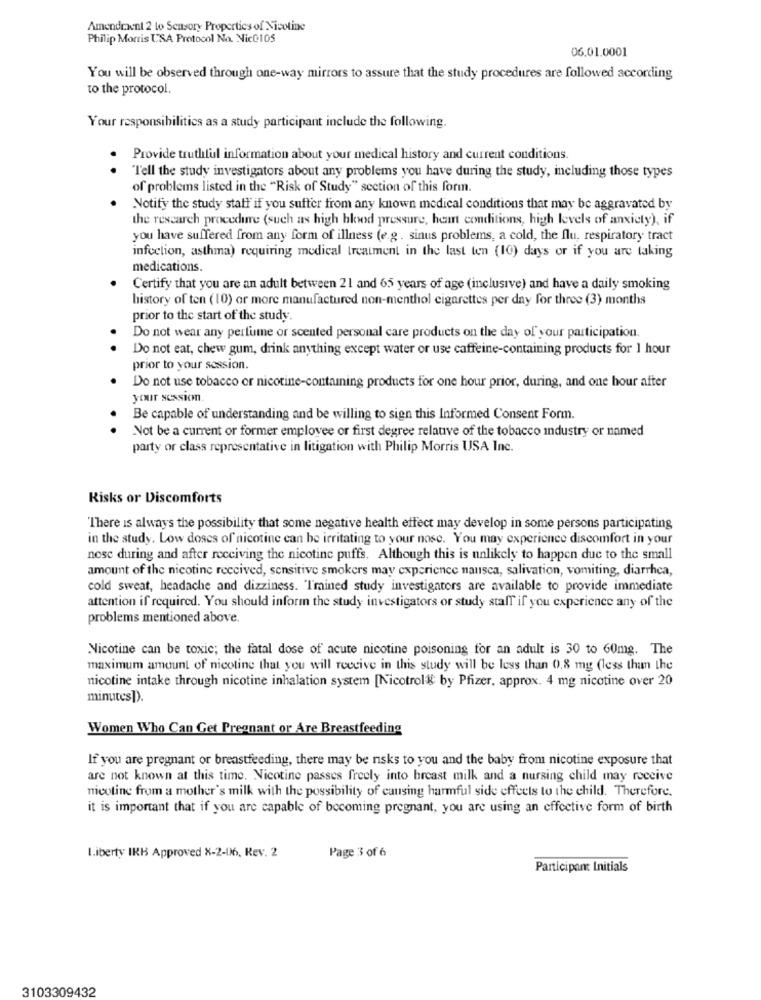
Amendment 2 to Sensory Properties of Nicotine
Philip Morris USA Protocol No. Nic@105
06.01.0001
You will be observed through one-way mirrors to assure that the study procedures are followed according
to the protocol.
Your responsibilities as a study participant include the following.
.
Provide truthful information about your medical history and current conditions.
"Tell the study investigators about any problems you have during the study, including those types
of problems listed in the "Risk of Study" section of this form.
Notify the study statt if you suffer from any known medical conditions that may be aggravated by
the research procedure (such as high blood pressure, heart conditions, high levels of anxiety), if
you have suffered from any form of illness (e.g . sinus problems, a cold, the flu, respiratory tract
infection, asthma) requiring medical treatment in the last ten (10) days or if you are taking
medications.
Certify that you are an adult between 21 and 65 years of age (inclusive) and have a daily smoking
history of ten ( 10) or more manufactured non-menthol cigarettes per day for three (3) months
prior to the start of the study.
.
Do not wear any perfume or scented personal care products on the day of your participation.
Do not eat, chew gum, drink anything except water or use caffeine-containing products for 1 hour
prior to your session.
Do not use tobacco or nicotine-containing products for one hour prior, during, and one hour after
your session.
Be capable of understanding and be willing to sign this Informed Consent Form.
.
Not be a current or former employee or first degree relative of the tobacco industry or named
party or class representative in litigation with Philip Morris USA Inc.
Risks or Discomforts
There is always the possibility that some negative health effect may develop in some persons participating
in the study. Low doses of nicotine can be irritating to your nose. You may experience discomfort in your
nosc during and after receiving the nicotine puffs. Although this is unlikely to happen due to the small
amount of the nicotine received, sensitive smokers may experience nausca, salivation, vomiting, diarrhea,
cold sweat, headache and dizziness. 'Tmined study investigators are available to provide immediate
attention if required. You should inform the study investigators or study staff if you experience any of the
problems mentioned above.
Nicotine can be toxic; the fatal dose of acute nicotine poisoning for an adult is 30 to 60mg. The
maximum amount of nicotine that you will receive in this study will be less than 0.8 mg (less than the
nicotine intake through nicotine inhalation system [Nicotroll by Pfizer, approx. 4 mg nicotine over 20
minutes ]).
Women Who Can Get Pregnant or Are Breastfeeding
If you are pregnant or breastfeeding, there may be nsks to you and the baby from nicotine exposure that
are not known at this time. Nicotine passes freely into breast milk and a nursing child may receive
nicotine from a mother's milk with the possibility of causing harmful side effects to the child. Therefore.
it is important that if you are capable of becoming pregnant, you are using an effective form of birth
Liberty IRB Approved X-2-06, Rev. 2
Page 3 of 6
Participant Initials
3103309432